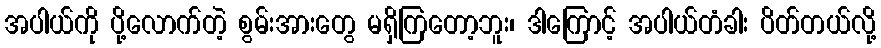
အပါယ်ကို ပို့လောက်တဲ့ စွမ်းအားတွေ မရှိကြတော့ဘူး၊ ဒါကြောင့် အပါယ်တံခါး ပိတ်တယ်လို့